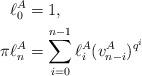
LaTeX: \begin{align*} \ell_0^A &= 1,\\ \pi\ell_n^A &= \sum_{i=0}^{n-1} \ell^A_i(v_{n-i}^A)^{q^i} \end{align*}